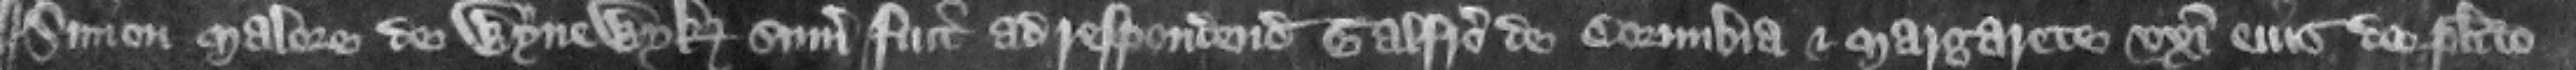
¶Simon Malore de Wynewyk summonitus fuit ad respondendum Galfrido de Cornubia et Margarete vori eius de placito